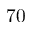
7 0